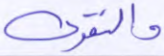
والتقوى